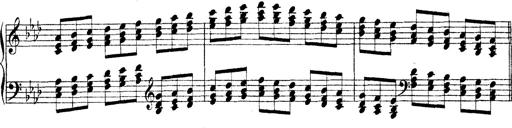
Title: Technische Studien
Composer: Franz Liszt